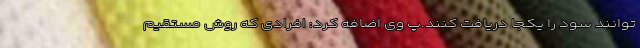
‌توانند سود را یکجا دریافت کنند.پ وی اضافه کرد: افرادی که روش مستقیم